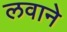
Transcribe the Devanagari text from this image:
लवाने